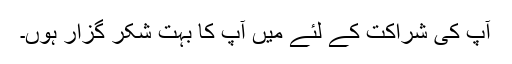
آپ کی شراکت کے لئے میں آپ کا بہت شکر گزار ہوں۔